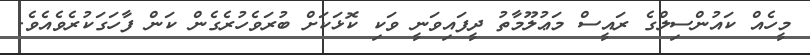
މީހެއް ކައުންސިލްގެ ރައީސް މަޢުލޫމާތު ދީފައިވަނީ ވަކި ކޮޅަކަށް ބުރަވެހުރެގެން ކަން ފާހަގަކުރެވެއެވެ.